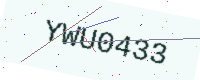
Text: YWU0433